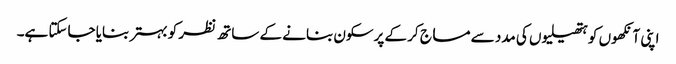
اپنی آنکھوں کو ہتھیلیوں کی مدد سے مساج کر کے پرسکون بنانے کے ساتھ نظر کو بہتر بنایا جاسکتا ہے۔